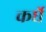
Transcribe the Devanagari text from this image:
कर्घे